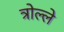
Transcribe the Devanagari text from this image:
त्रोल्ले